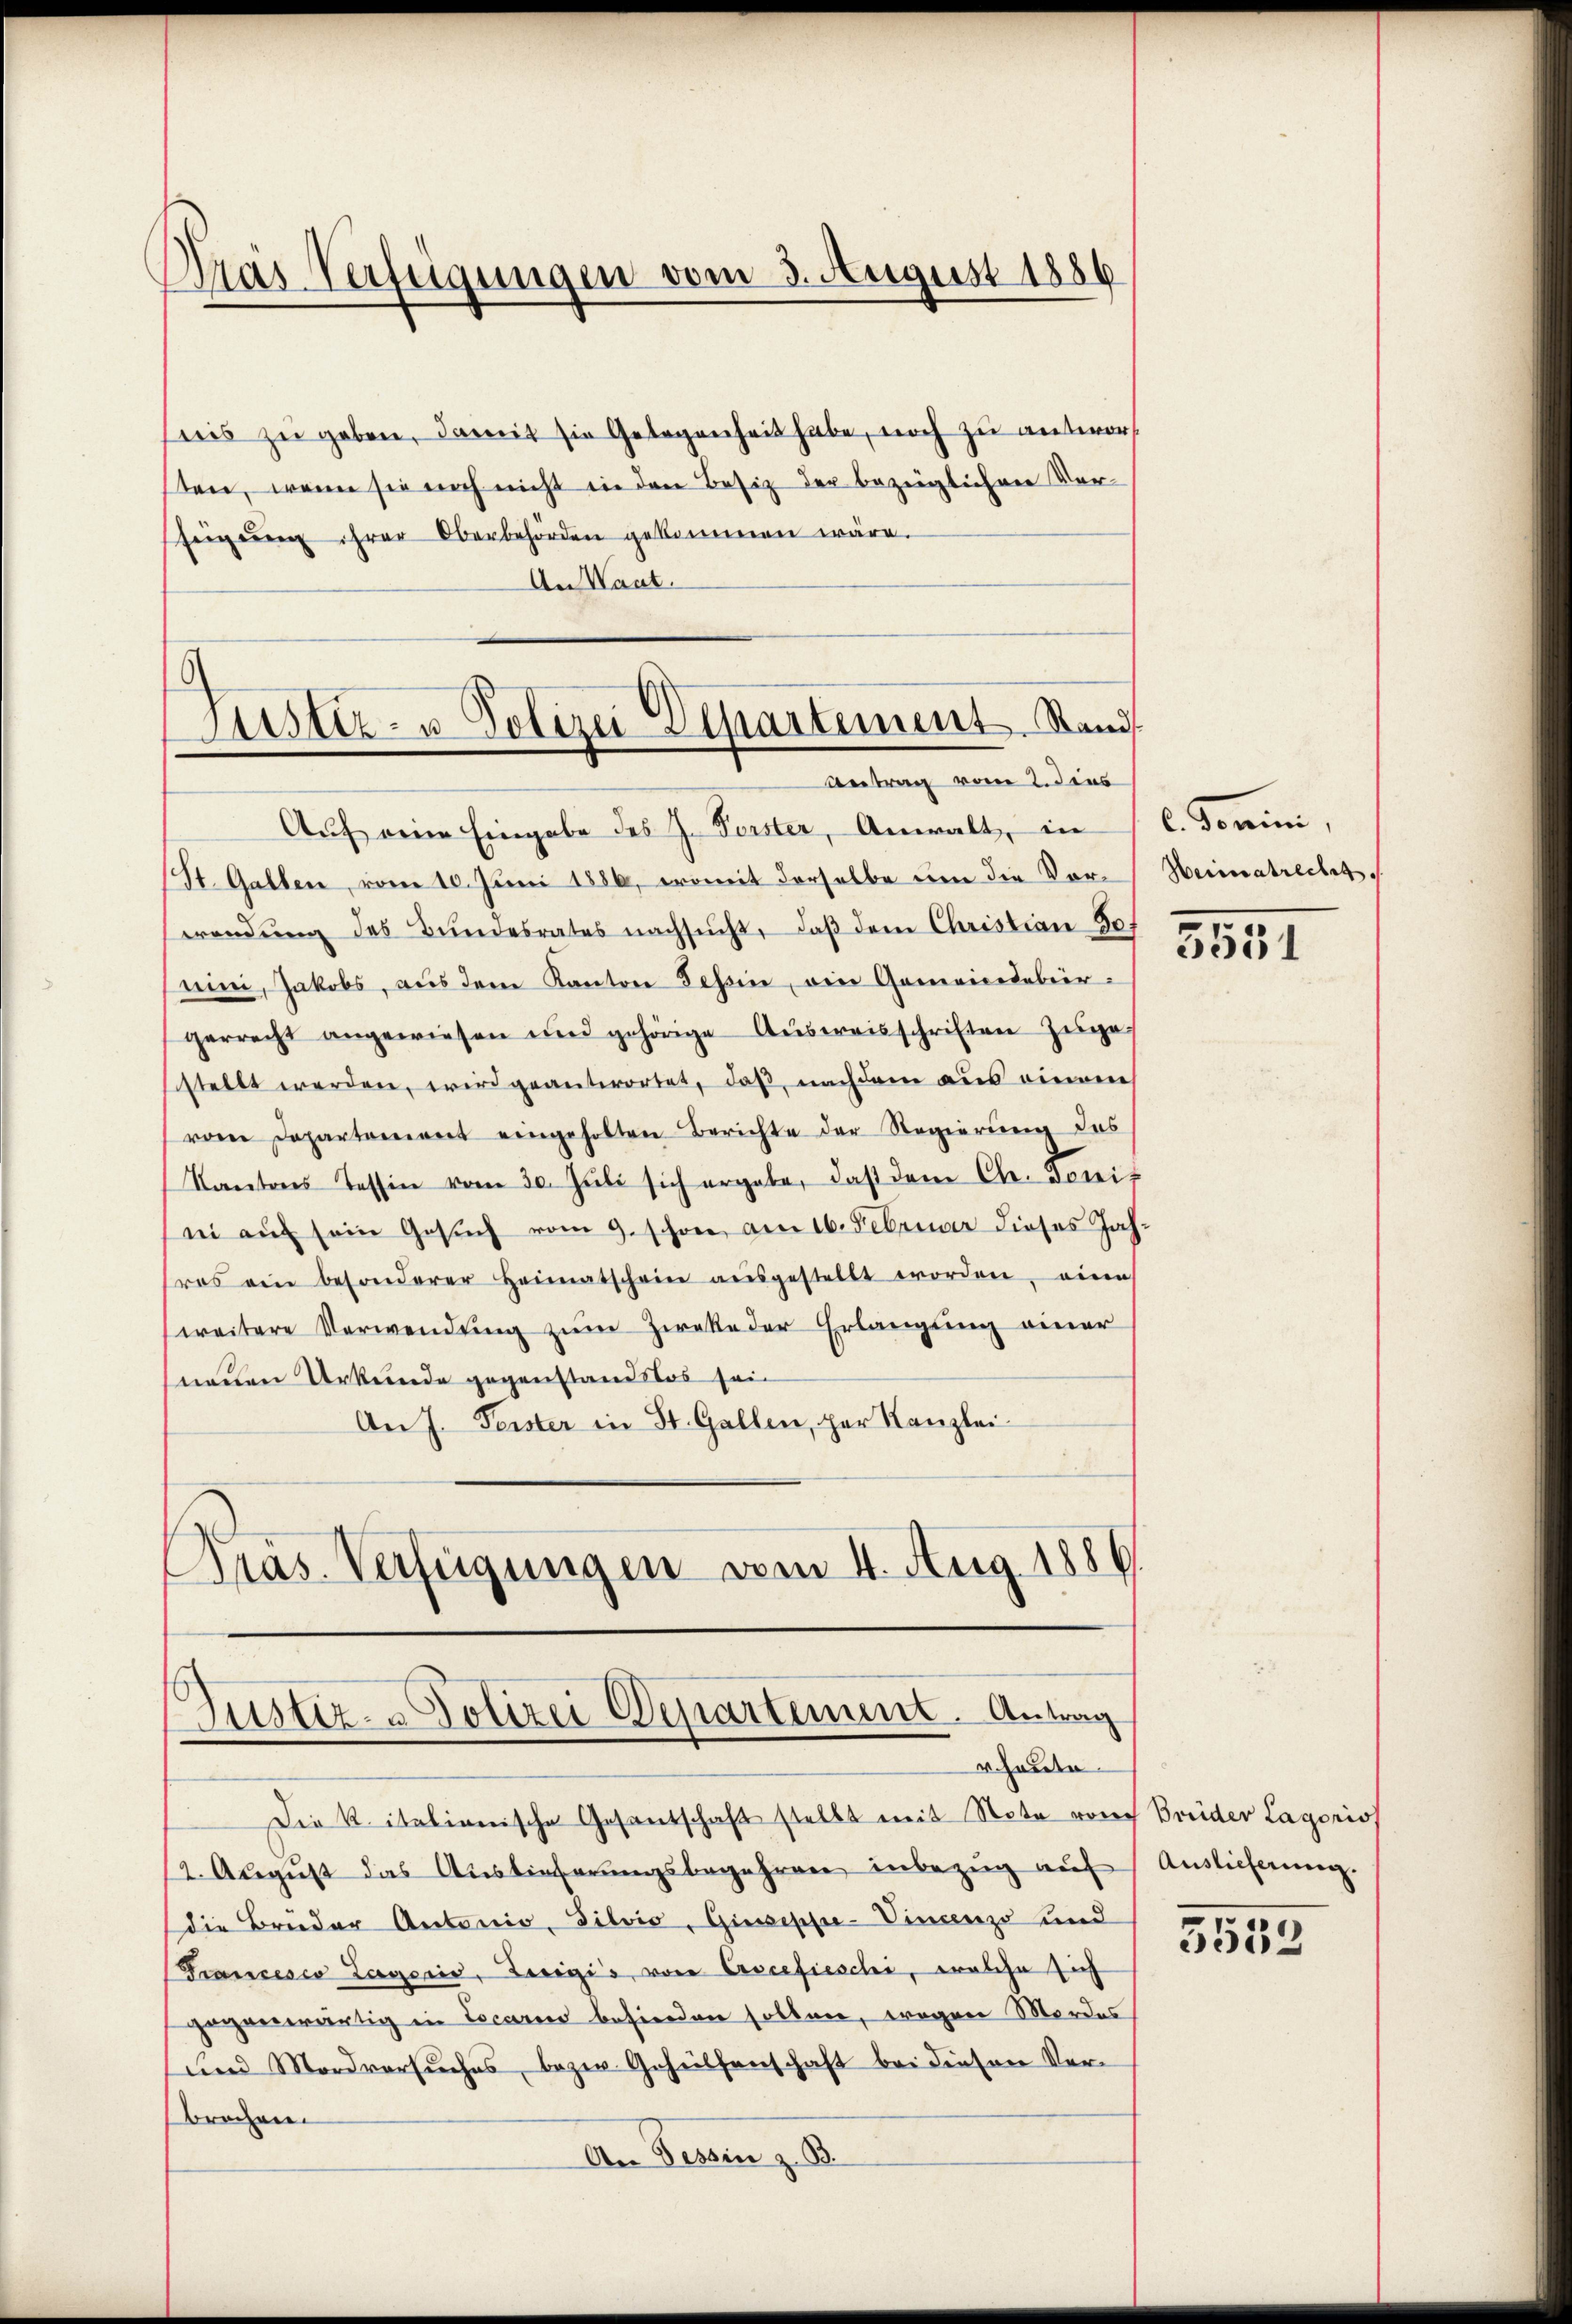
Pras Verfügungen vom 3. August 1886

iis zŭ geben, damit sie Gelegenheit habe, noch zu antwort
sten, wenn sie noch nicht in den Besitz der bezeiglichen Ver-
eigŭng ihrer Oberbehörden gekommen wäre.
An Waat.

Ustiz- u. Polizei Elhartement Stand
Antrag vom 2. dies

Auf eine Eingabe des J. Forster, Anwalt, in C. Domini,
(St. Gallen, vom 10. Juni 1886, womit derselbe um die Vor-Heimatrecht,
wendŭng des Bŭndesrates nachsucht, daβ dem Christian Jo
Lini, Jakobs, aus dem Kanton Tessin, ein Gemeindebürgerrecht angewiesen und gehörige Aŭsweisschriften zugestellt werden, wird geantwortet, daß, nachdem aus eine
vom Departement eingeholten Berichte der Regierung des
Kantons Tessin vom 30. Jŭli sich ergabe, daß dem Chr. Toniei aŭf sein Gesŭch vom 9. schon am 16. Februar dieses Jah-
res ein besonderer Heimatschein aŭsgestellt worden, eine
weitere Verwendŭng zŭm Zieke der Erlangung einer
neuen Urkunde gegenstandslos sein
An J. Ferster in St. Gallen, par Kanzlei-
Präs. Verfügungen vom 4. Aug. 1886.

Justiz- & Polizei Departement. Antrag
houte

Die K. italionische Gesandschaft stellt mit Note von Breider Lagoris
(2. August das Auslieferungsbegehren inbezug auf
die Brüder Antonio, Silvio, Giuseppe- Vincenz und
Francesco Lageris, Luigis, von Erscefieschi, welche sich
gegenwärtig in Locario befinden sollen, wegen Mordes
und Mordversuches, bezw. Gehülfenschaft bei diesen Verbrechen
An Tessin z. B.

3551

Auslieferung.
5552